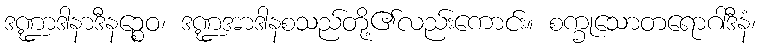
ဒဏ္ဍာဒါနာဒီနဉ္စေဝ၊ ဒဏ္ဍအာဒါနစသည်တို့၏လည်းကောင်း။ စက္ခုသောတရောဂါဒီနံ၊